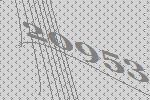
20953